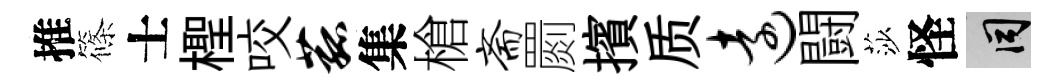
推篠士檉咬菰集槍斋罽擯质远闘莎怪间